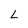
Character: L